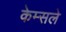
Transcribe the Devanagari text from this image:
केम्सले